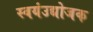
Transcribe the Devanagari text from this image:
स्वयंउद्योजक